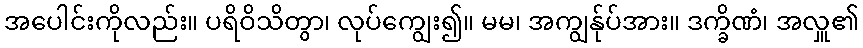
အပေါင်းကိုလည်း။ ပရိဝိသိတွာ၊ လုပ်ကျွေး၍။ မမ၊ အကျွန်ုပ်အား။ ဒက္ခိဏံ၊ အလှူ၏